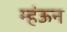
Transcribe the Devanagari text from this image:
म्हंऊन